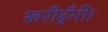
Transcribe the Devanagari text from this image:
खरीदूँगी।